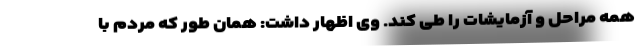
همه مراحل و آزمایشات را طی کند. وی اظهار داشت: همان طور که مردم با